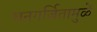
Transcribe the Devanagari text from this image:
घनगर्जितामुळें